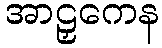
အာဠှကေန